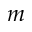
m